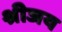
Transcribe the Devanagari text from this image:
श्रीजय